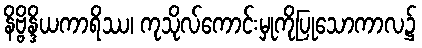
နိဗ္ဗိန္ဒိယကာရိဿ၊ ကုသိုလ်ကောင်းမှုကိုပြုသောကာလ၌